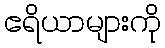
ဧရိယာများကို